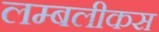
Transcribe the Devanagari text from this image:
लम्बलीकस